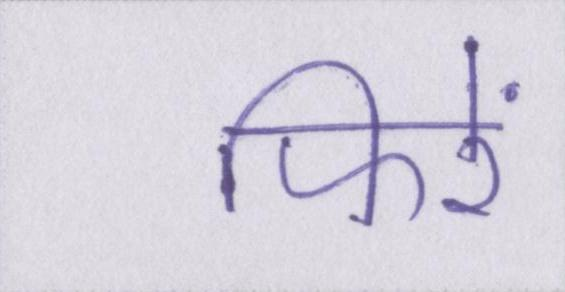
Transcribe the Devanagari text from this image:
फिरें